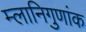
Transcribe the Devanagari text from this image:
म्लानिगुणांक